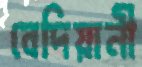
বেদিয়ানী